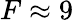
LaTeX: F\approx 9